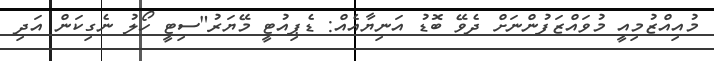
މުއިއްޒުމިއީ މުވައްޒަފުންނަށް ދެވޭ ބޮޑު އަނިޔާއެއް: ޑެޕިއުޓީ މޭޔަރު"ސިޓީ ހޯލު ނެގިކަން އަދި